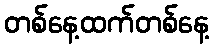
တစ်နေ့ထက်တစ်နေ့